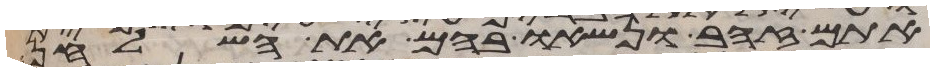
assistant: אתם זהב ונשאו בהם את השלחן